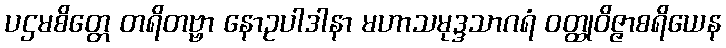
ပဌမစိတ္တေ တရိတဗ္ဗာ နောဥပါဒါနာ မဟာသမုဒ္ဒသာဂရံ ဝတ္ထုဝိဇ္ဇာစရိယေန